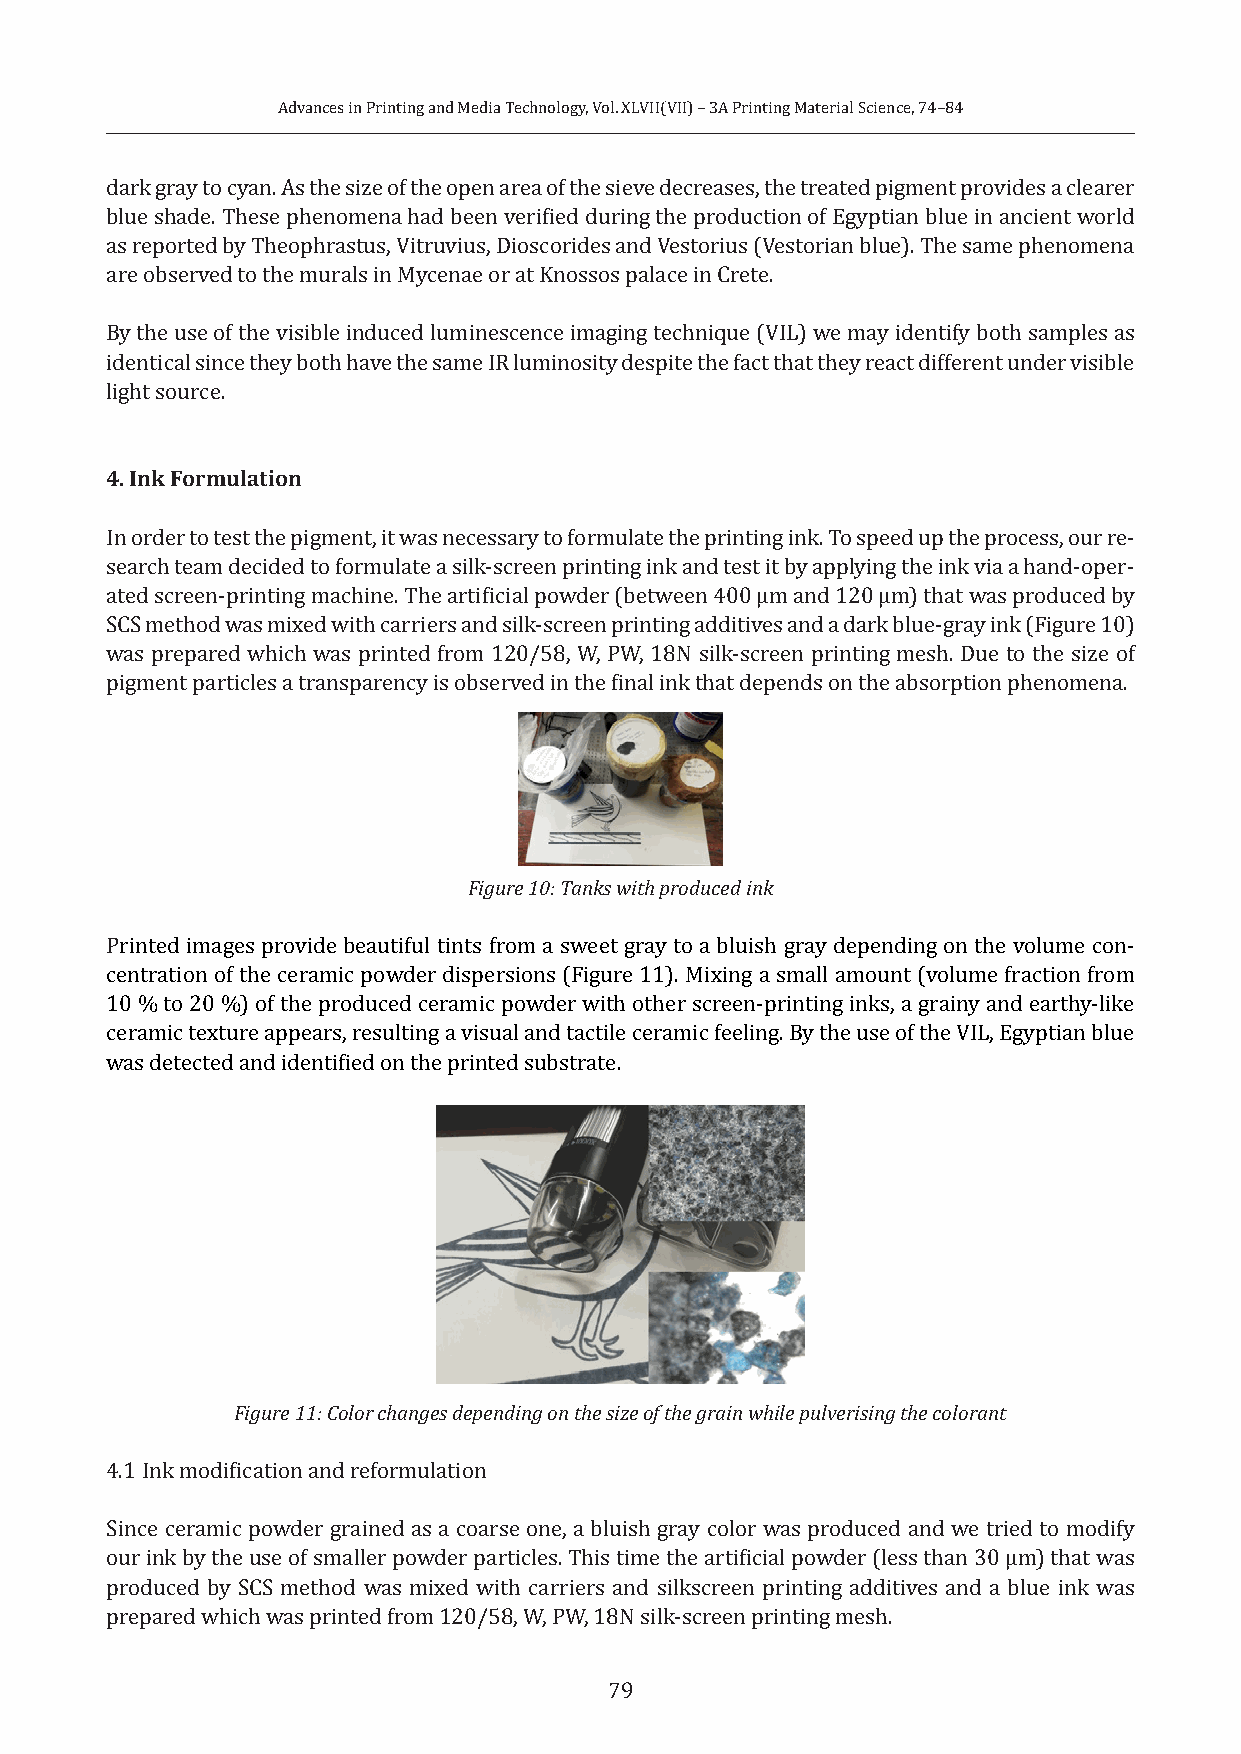
Advances in Printing and Media Technology, Vol. XLVII(VII) – 3A Printing Material Science, 74–84
 dark gray to cyan. As the size of the open area of the sieve decreases, the treated pigment provides a clearer
 blue shade. These phenomena had been verified during the production of Egyptian blue in ancient world
 as reported by Theophrastus, Vitruvius, Dioscorides and Vestorius (Vestorian blue). The same phenomena
 are observed to the murals in Mycenae or at Knossos palace in Crete.
 By the use of the visible induced luminescence imaging technique (VIL) we may identify both samples as
 identical since they both have the same IR luminosity despite the fact that they react different under visible
 light source.
 4. Ink Formulation
 In order to test the pigment, it was necessary to formulate the printing ink. To speed up the process, our re-
 search team decided to formulate a silk-screen printing ink and test it by applying the ink via a hand-oper-
 ated screen-printing machine. The artificial powder (between 400 μm and 120 μm) that was produced by
 SCS method was mixed with carriers and silk-screen printing additives and a dark blue-gray ink (Figure 10)
 was prepared which was printed from 120/58, W, PW, 18N silk-screen printing mesh. Due to the size of
 pigment particles a transparency is observed in the final ink that depends on the absorption phenomena.
 Figure 10: Tanks with produced ink
 Printed images provide beautiful tints from a sweet gray to a bluish gray depending on the volume con-
 centration of the ceramic powder dispersions (Figure 11). Mixing a small amount (volume fraction from
 10 % to 20 %) of the produced ceramic powder with other screen-printing inks, a grainy and earthy-like
 ceramic texture appears, resulting a visual and tactile ceramic feeling. By the use of the VIL, Egyptian blue
 was detected and identified on the printed substrate.
 Figure 11: Color changes depending on the size of the grain while pulverising the colorant
 4.1 Ink modification and reformulation
 Since ceramic powder grained as a coarse one, a bluish gray color was produced and we tried to modify
 our ink by the use of smaller powder particles. This time the artificial powder (less than 30 μm) that was
 produced by SCS method was mixed with carriers and silkscreen printing additives and a blue ink was
 prepared which was printed from 120/58, W, PW, 18N silk-screen printing mesh.
 79